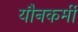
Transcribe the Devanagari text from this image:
यौनकर्मी